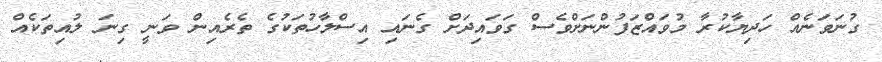
ގުނަވަނެއް ހަދިޔާކުރާ މުވައްޒަފުންނަށްވެސް ގަވައިދަށް ގެނައި އިސްލާހުތަކުގެ ތެރެއިން ވަނީ ގިނަ ލުއިތަކެއް